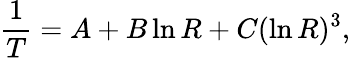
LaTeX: {\frac{1}{T}}=A+B\ln R+C(\ln R)^{3},